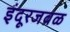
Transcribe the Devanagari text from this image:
इंदूरजवळ